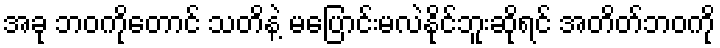
အခု ဘဝကိုတောင် သတိနဲ့ မပြောင်းမလဲနိုင်ဘူးဆိုရင် အတိတ်ဘဝကို